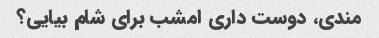
مندی، دوست داری امشب برای شام بیایی؟